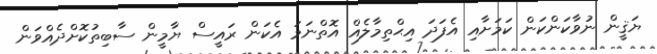
ޔަޤީން ނުވާކަންކަން ކަމަށާއި އެފަދަ އިޙްތިމާލެއް އޮތްނަމަ އެކަން ރައީސް ޔާމީން ސާބިތުކޮށްދެއްވަން